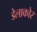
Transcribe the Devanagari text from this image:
डेलाकोर